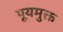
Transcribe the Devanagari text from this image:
पूयमुक्त